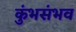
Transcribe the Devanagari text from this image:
कुंभसंभव